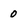
Character: 0